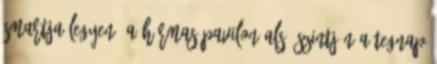
smartja legyen? A hármas pavilon alsó szintjén a tegnap